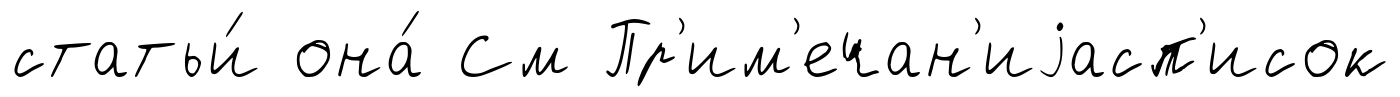
статьи́ она́ См Пр'им'ечан'иjасп'исок